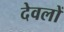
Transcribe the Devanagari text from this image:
देवलों